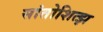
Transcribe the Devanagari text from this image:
सांतोशित्झ